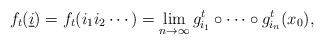
LaTeX: \begin{align*}f_t(\underline{i})=f_t(i_1i_2\cdots)=\lim_{n\to\infty} g^t_{i_1}\circ\cdots\circ g^t_{i_n}(x_0),\end{align*}